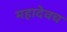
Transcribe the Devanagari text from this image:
महादेवच